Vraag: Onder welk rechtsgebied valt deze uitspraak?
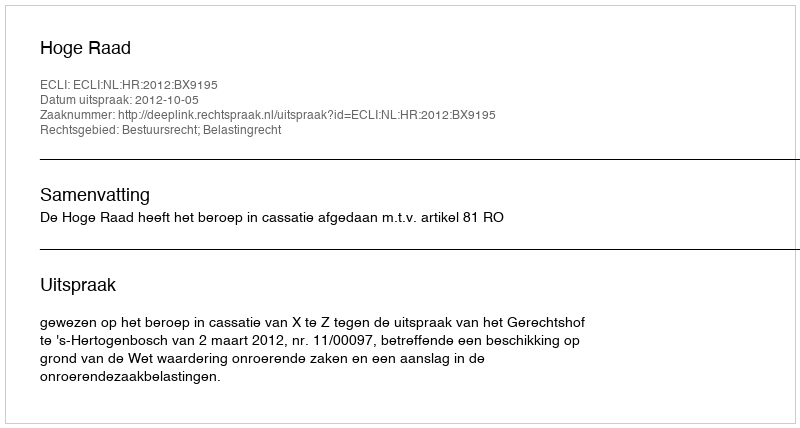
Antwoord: Bestuursrecht; Belastingrecht